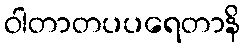
ဝါတာတပပရေတာနိ